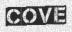
COVE